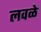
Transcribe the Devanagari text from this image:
लवळे